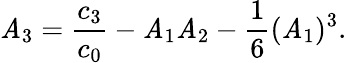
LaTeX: \mathit{A}_{3}={\frac{{c_{3}}}{{c_{0}}}}-\mathit{A}_{1}\mathit{A}_{2}-{\frac{{1}}{{6}}}(\mathit{A}_{1})^{3}.